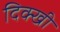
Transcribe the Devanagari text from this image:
दिक्खी